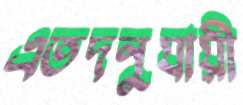
এতদনুযায়ী